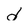
Character: d